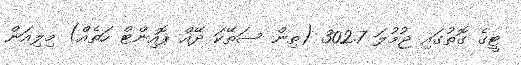
ޓީގެ ގޮތުގައި ޖުމުލަ 302.7 (ތިން ސަތޭކަ ދޭއް ޕޮއިންޓް ހަތެއް) މިލިއަން